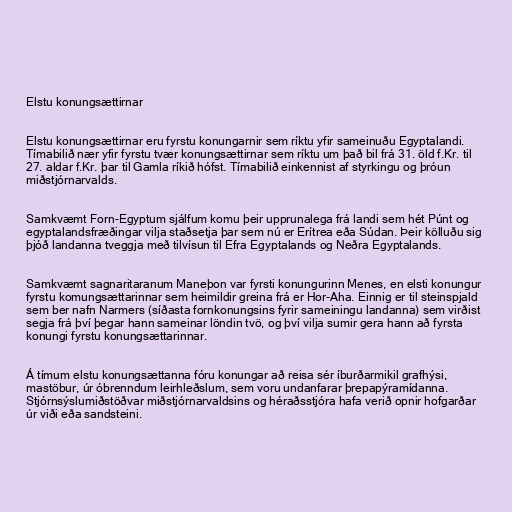
Elstu konungsættirnar

Elstu konungsættirnar eru fyrstu konungarnir sem ríktu yfir sameinuðu Egyptalandi.
Tímabilið nær yfir fyrstu tvær konungsættirnar sem ríktu um það bil frá 31. öld f.Kr. til
27. aldar f.Kr. þar til Gamla ríkið hófst. Tímabilið einkennist af styrkingu og þróun
miðstjórnarvalds.

Samkvæmt Forn-Egyptum sjálfum komu þeir upprunalega frá landi sem hét Púnt og
egyptalandsfræðingar vilja staðsetja þar sem nú er Erítrea eða Súdan. Þeir kölluðu sig
þjóð landanna tveggja með tilvísun til Efra Egyptalands og Neðra Egyptalands.

Samkvæmt sagnaritaranum Maneþon var fyrsti konungurinn Menes, en elsti konungur
fyrstu komungsættarinnar sem heimildir greina frá er Hor-Aha. Einnig er til steinspjald
sem ber nafn Narmers (síðasta fornkonungsins fyrir sameiningu landanna) sem virðist
segja frá því þegar hann sameinar löndin tvö, og því vilja sumir gera hann að fyrsta
konungi fyrstu konungsættarinnar.

Á tímum elstu konungsættanna fóru konungar að reisa sér íburðarmikil grafhýsi,
mastöbur, úr óbrenndum leirhleðslum, sem voru undanfarar þrepapýramídanna.
Stjórnsýslumiðstöðvar miðstjórnarvaldsins og héraðsstjóra hafa verið opnir hofgarðar
úr viði eða sandsteini.